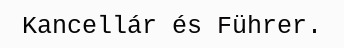
Kancellár és Führer.